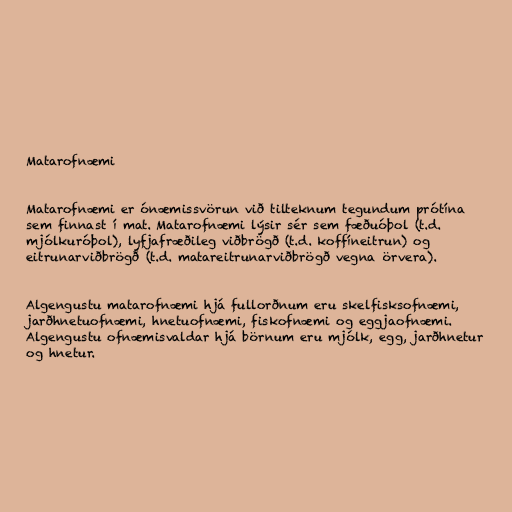
Matarofnæmi

Matarofnæmi er ónæmissvörun við tilteknum tegundum prótína
sem finnast í mat. Matarofnæmi lýsir sér sem fæðuóþol (t.d.
mjólkuróþol), lyfjafræðileg viðbrögð (t.d. koffíneitrun) og
eitrunarviðbrögð (t.d. matareitrunarviðbrögð vegna örvera).

Algengustu matarofnæmi hjá fullorðnum eru skelfisksofnæmi,
jarðhnetuofnæmi, hnetuofnæmi, fiskofnæmi og eggjaofnæmi.
Algengustu ofnæmisvaldar hjá börnum eru mjólk, egg, jarðhnetur
og hnetur.